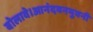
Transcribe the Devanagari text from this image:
बोलावे।आनंदवनभुवनी